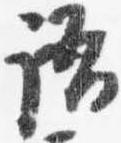
語